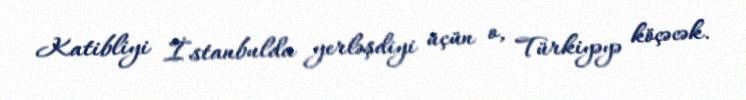
Katibliyi İstanbulda yerləşdiyi üçün o, Türkiyəyə köçəcək.